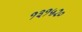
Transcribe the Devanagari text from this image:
१३१५२०